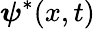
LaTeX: \boldsymbol{\psi}^{*}(x,t)